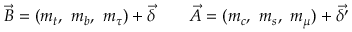
\vec { B } = ( m _ { t } , \ m _ { b } , \ m _ { \tau } ) + \vec { \delta } \qquad \vec { A } = ( m _ { c } , \ m _ { s } , \ m _ { \mu } ) + \vec { \delta ^ { \prime } }